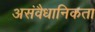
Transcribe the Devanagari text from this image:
असंवैधानिकता